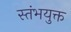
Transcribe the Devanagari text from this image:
स्तंभयुक्त